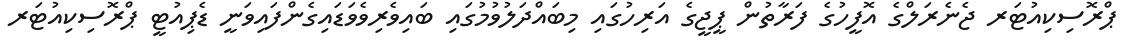
ޕްރޮސިކިއުޓަރ ޖެނެރަލްގެ އޮފީހުގެ ފަރާތުން ޕީޖީގެ އަރިހުގައި މިބައްދަލުވުމުގައި ބައިވެރިވެވަޑައިގެންފައިވަނީ ޑެޕިއުޓީ ޕްރޮސިކިއުޓަރ